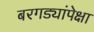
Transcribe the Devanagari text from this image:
बरगड्यांपेक्षा